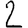
Digit: 2